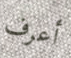
أعرف